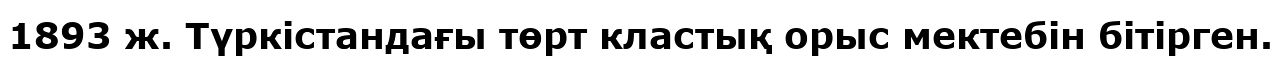
1893 ж. Түркістандағы төрт кластық орыс мектебін бітірген.